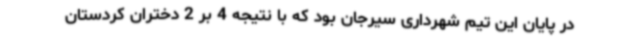
در پایان این تیم شهرداری سیرجان بود که با نتیجه 4 بر 2 دختران کردستان